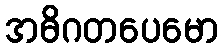
အဓိဂတပေမော